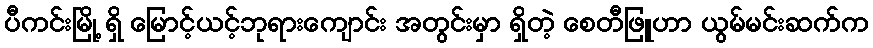
ပီကင်းမြို့ ရှိ မြောင့်ယင့်ဘုရားကျောင်း အတွင်းမှာ ရှိတဲ့ စေတီဖြူဟာ ယွမ်မင်းဆက်က